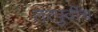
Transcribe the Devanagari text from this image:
तत्पुर्वीच